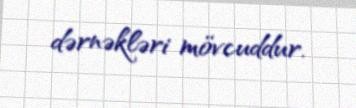
dərnəkləri mövcuddur.